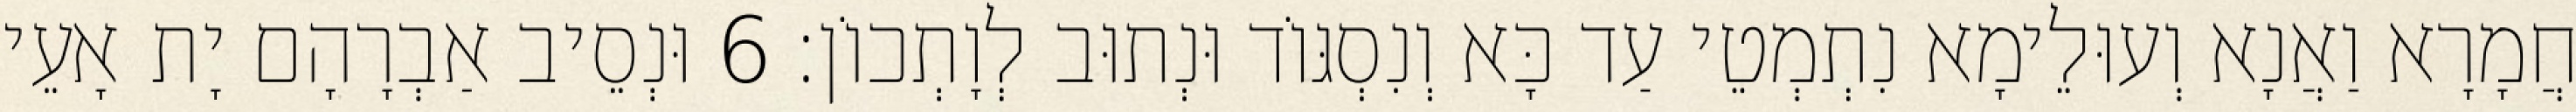
חֲמָרָא וַאֲנָא וְעוּלֵימָא נִתְמְטֵי עַד כָּא וְנִסְגּוֹד וּנְתוּב לְוָתְכוֹן׃ 6 וּנְסֵיב אַבְרָהָם יָת אָעֵי